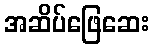
အဆိပ်ဖြေဆေး